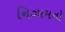
નિઝામનો